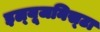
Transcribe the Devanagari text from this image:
इल्‍यूजनिस्‍टा